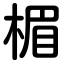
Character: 楣